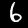
Label: 6